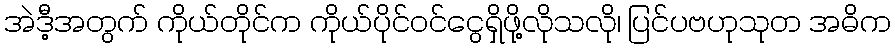
အဲဒီ့အတွက် ကိုယ်တိုင်က ကိုယ်ပိုင်ဝင်ငွေရှိဖို့လိုသလို၊ ပြင်ပဗဟုသုတ အဓိက